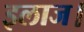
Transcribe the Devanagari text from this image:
इलाज।